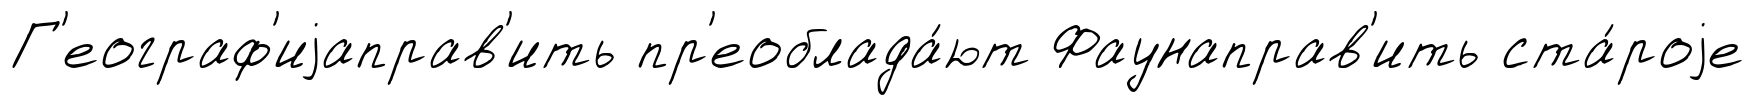
Г'еограф'иjаправ'ить пр'еоблада́ют Фаунаправ'ить ста́роjе